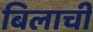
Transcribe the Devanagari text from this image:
बिलाची